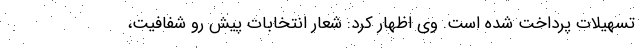
تسهیلات پرداخت شده است. وی اظهار کرد: شعار انتخابات پیش رو شفافیت،